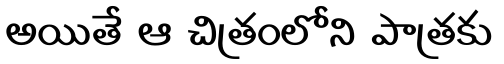
అయితే ఆ చిత్రంలోని పాత్రకు